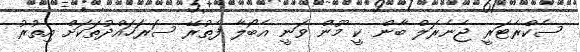
ސެކްރެޓަރީ ޖެނެރަލް ބާން ކީ މޫން ވަނީ އެބޯލާ ފެތުރޭ ސަރަހައްދުތަކަށް އިތުރު